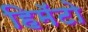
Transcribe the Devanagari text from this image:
हिमॅटो